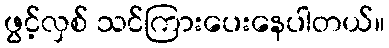
ဖွင့်လှစ် သင်ကြားပေးနေပါတယ်။